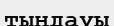
тыңдауы